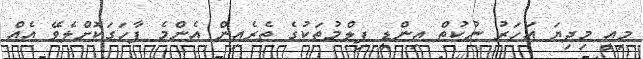
މިއީ މިދިޔަ އަހަރު ނުކުތް އިންޑީ ފިލްމުތަކުގެ ތެރެއިން އެންމެ ފާހަގަކޮށްލެވޭ އެއް